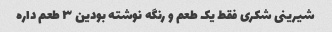
شیرینی شکری فقط یک طعم و رنگه نوشته بودین ۳ طعم داره